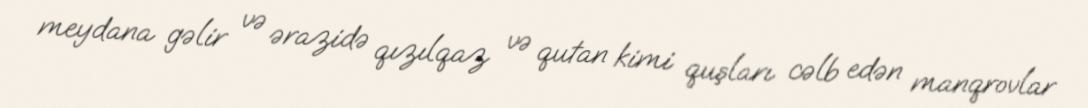
meydana gəlir və ərazidə qızılqaz və qutan kimi quşları cəlb edən manqrovlar